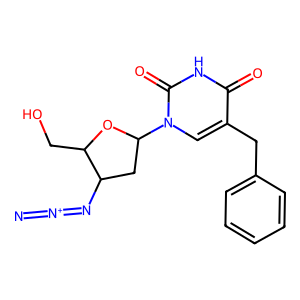
SMILES: [N-]=[N+]=NC1CC(n2cc(Cc3ccccc3)c(=O)[nH]c2=O)OC1CO
Inhibits HIV replication: No